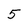
Character: 5